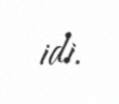
idi.